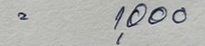
= 1,000